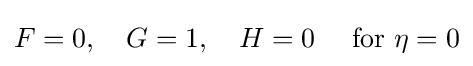
F=0,\quad G=1,\quad H=0\quad {\text{ for }}\eta =0